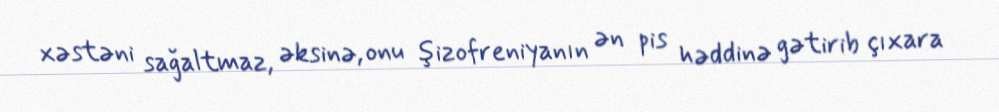
xəstəni sağaltmaz, əksinə, onu şizofreniyanın ən pis həddinə gətirib çıxara